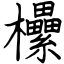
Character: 欙